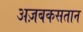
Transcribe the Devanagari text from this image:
अज़बकसतान